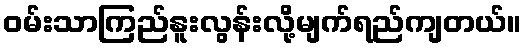
ဝမ်းသာကြည်နူးလွန်းလို့မျက်ရည်ကျတယ်။